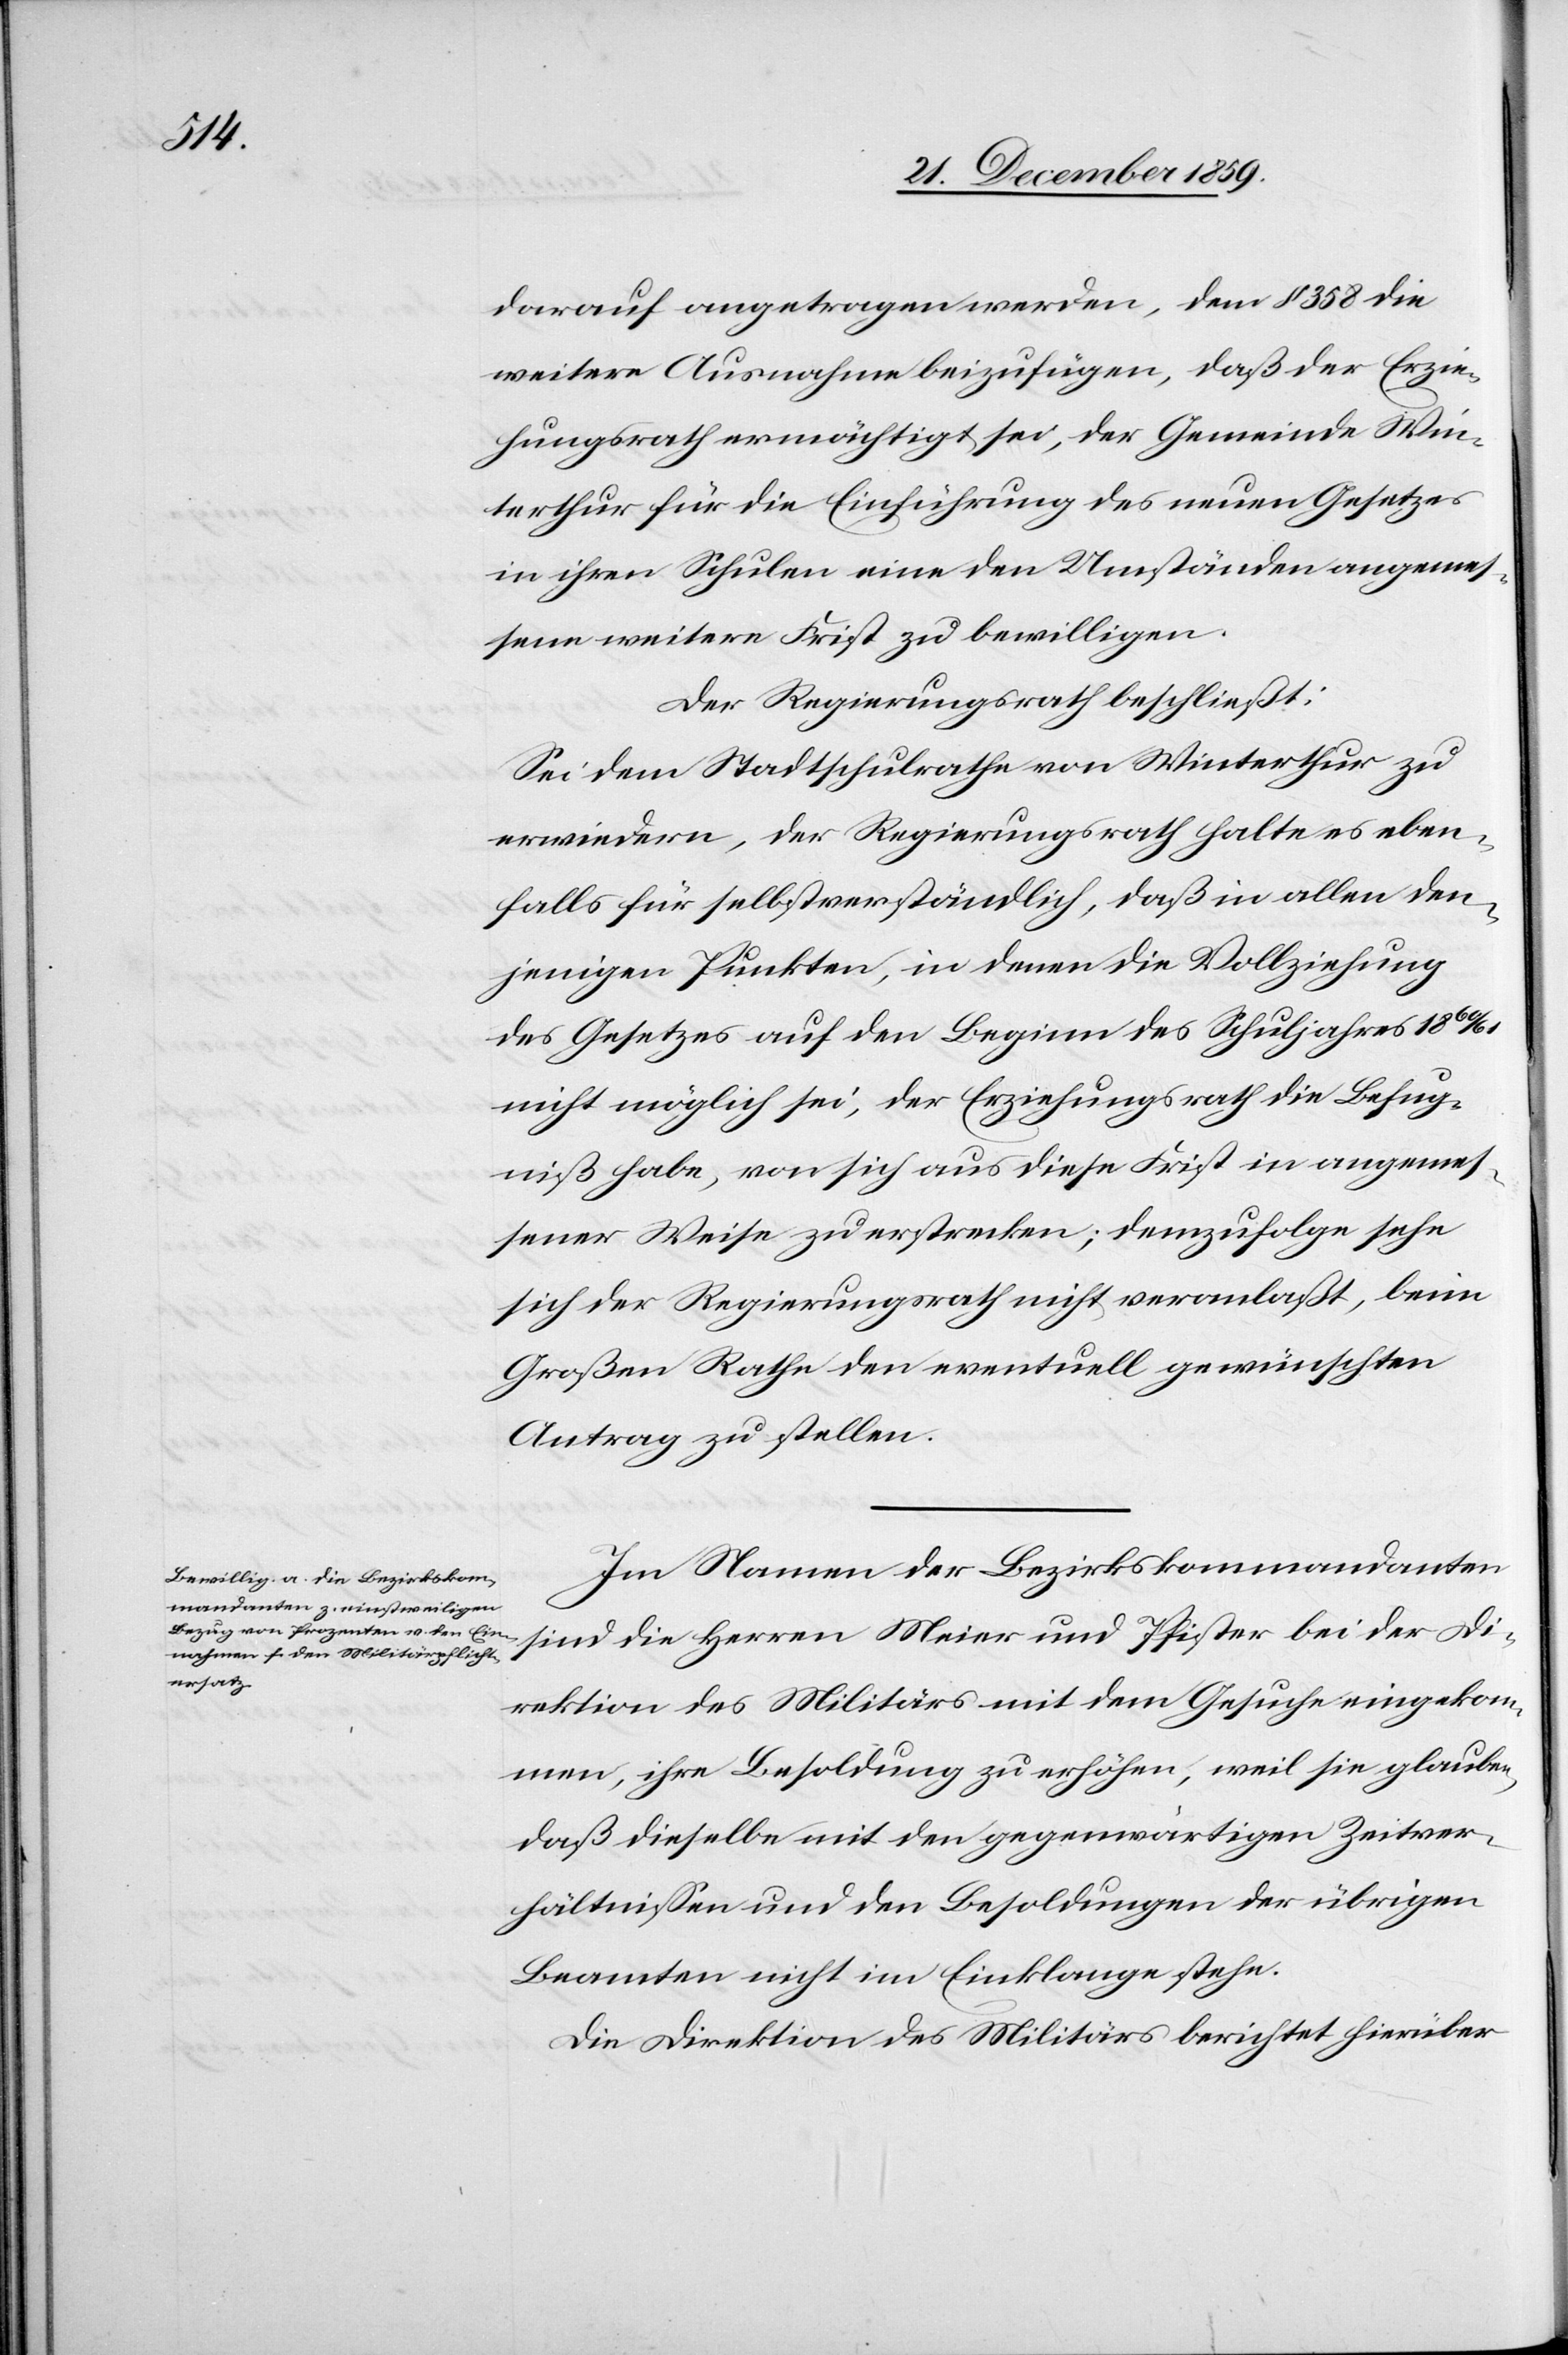
darauf angetragen werden, dem § 358 die
weitere Ausnahme beizufügen, daß der Erzie¬
hungsrath ermächtigt sei, der Gemeinde Win¬
terthur für die Einführung des neuen Gesetzes
in ihren Schulen eine den Umständen angemes¬
sene weitere Frist zu bewilligen.
Der Regierungsrath beschließt:
Sei dem Stadtschulrathe von Winterthur zu
erwiedern, der Regierungsrath halte es eben¬
falls für selbstverständlich, daß in allen den¬
jenigen Punkten, in denen die Vollziehung
des Gesetzes auf den Beginn des Schuljahres 1860/61
nicht möglich sei, der Erziehungsrath die Befug¬
niß habe, von sich aus diese Frist in angemes¬
sener Weise zu erstrecken; demzufolge sehe
sich der Regierungsrath nicht veranlaßt, beim
Großen Rathe den eventuell gewünschten
Antrag zu stellen.
Im Namen der Bezirkskommandanten
sind die Herren Meier und Pfister bei der Di¬
rektion des Militärs mit dem Gesuche eingekom¬
men, ihre Besoldung zu erhöhen, weil sie glauben,
daß dieselbe mit den gegenwärtigen Zeitver¬
hältnissen und den Besoldungen der übrigen
Beamten nicht im Einklange stehe.
Die Direktion des Militärs berichtet hierüber